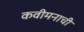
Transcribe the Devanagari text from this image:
कवीमनाची